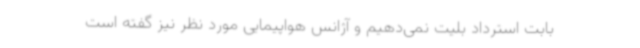
بابت استرداد بلیت نمی‌دهیم و آژانس هواپیمایی مورد نظر نیز گفته است